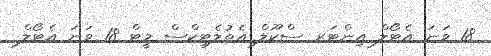
18 ވަނަ އެޓޯލް އިންޓަރ ސްކޫލް އެތުލެޓިކްސް މީޓް 18 ވަނަ އެޓޯލް